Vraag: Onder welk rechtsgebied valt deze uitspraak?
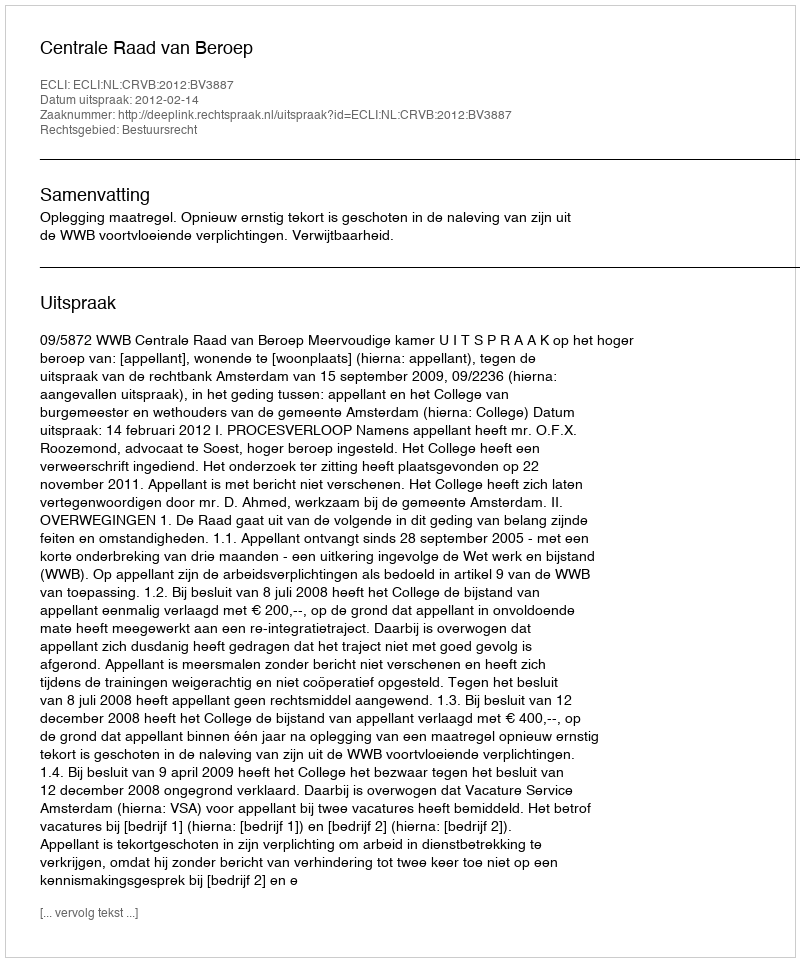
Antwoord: Bestuursrecht